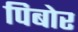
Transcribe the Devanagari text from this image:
पिबोर